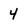
Character: 4